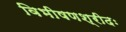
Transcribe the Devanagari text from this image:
विभीषणश्रीदः